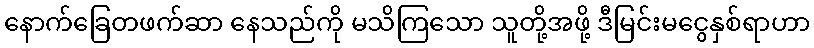
နောက်ခြေတဖက်ဆာ နေသည်ကို မသိကြသော သူတို့အဖို့ ဒီမြင်းမငွေနှစ်ရာဟာ